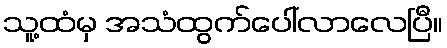
သူ့ထံမှ အသံထွက်ပေါ်လာလေပြီ။